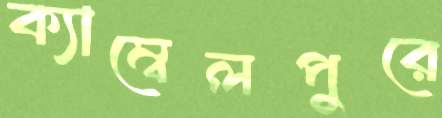
ক্যাম্বেলপুরে